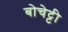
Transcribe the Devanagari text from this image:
बोचेट्टी